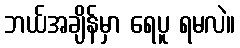
ဘယ်အချိန်မှာ ရေပူ ရမလဲ။